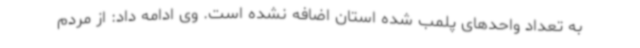
به تعداد واحدهای پلمب شده استان اضافه نشده است. وی ادامه داد: از مردم